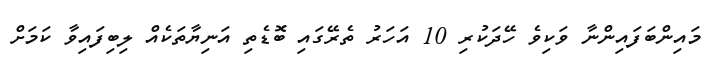
މައިންބަފައިންނާ ވަކިވެ ހޭދަކުރި 10 އަހަރު ތެރޭގައި ބޮޑެތި އަނިޔާތަކެއް ލިބިފައިވާ ކަމަށް